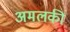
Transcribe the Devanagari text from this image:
अमलकी